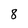
Character: 8